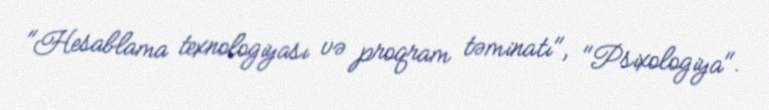
"Hesablama texnologiyası və proqram təminatı", "Psixologiya".